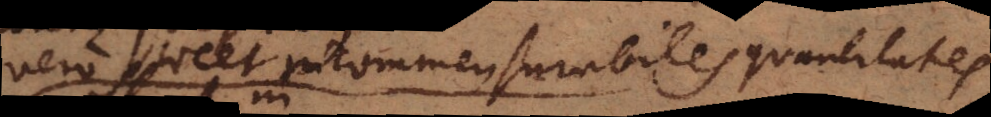
vero licet incommensurabiles quantitates